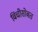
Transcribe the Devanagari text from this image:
विंचीसोबत